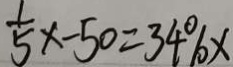
\frac { 1 } { 5 } x - 5 0 = 3 4 \% x